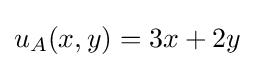
u_{A}(x,y)=3x+2y